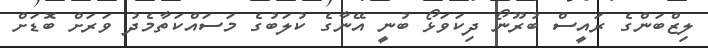
ލިޒްބަންގެ ރައީސް ބުރޫނޯ ދިކަވަޅޯ ބުނީ އޭނާގެ ކުލަބުގެ މަސައްކަތާމެދު ވަރަށް ބޮޑަށް